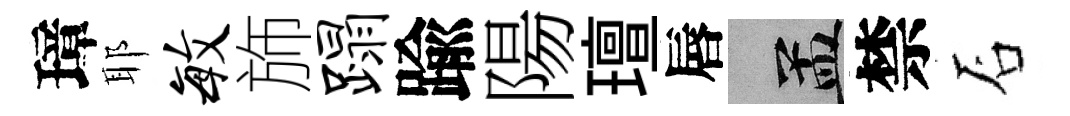
璋耶毓斾蹋踰陽璮唇汴禁石